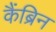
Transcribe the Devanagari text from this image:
कैंब्रिन